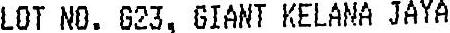
LOT NO. G23, GIANT KELANA JAYA